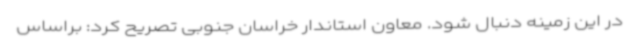
در این زمینه دنبال شود. معاون استاندار خراسان جنوبی تصریح کرد: براساس